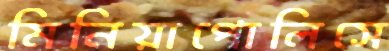
মিনিয়াপোলিসে